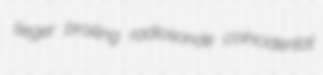
lieger broiling radiosonde coincidental